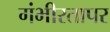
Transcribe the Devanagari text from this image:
गंभीरतापर